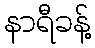
နာရီခန့်